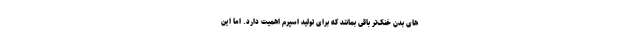
های بدن خنک‌تر باقی بمانند که برای تولید اسپرم اهمیت دارد. اما این